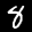
Label: 8